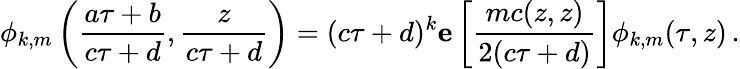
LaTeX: \phi_{k,m}\left(\frac{a\tau+b}{c\tau+d},\frac{z}{c\tau+d}\right)=(c\tau+d)^{k}{\mathbf e}\left[\frac{mc(z,z)}{2(c\tau+d)}\right]\phi_{k,m}(\tau,z)\, .